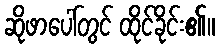
ဆိုဖာပေါ်တွင် ထိုင်ခိုင်း၏။